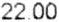
22.00